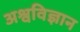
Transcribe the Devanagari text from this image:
अश्वविज्ञान